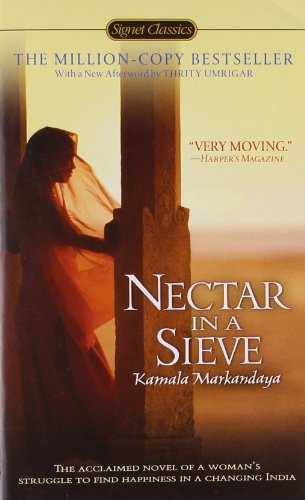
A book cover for Nectar in a Sieve (Signet Classics); Kamala Markandaya; Literature & Fiction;